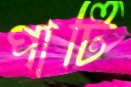
পাটি